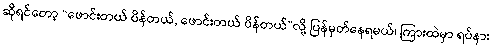
ဆိုရင်တော့ “ဖောင်းတယ် ပိန်တယ်, ဖောင်းတယ် ပိန်တယ်”လို့ ပြန်မှတ်နေရမယ်၊ ကြားထဲမှာ ရပ်နား